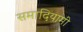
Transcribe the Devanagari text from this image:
समादियामी